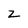
Character: z